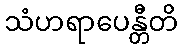
သံဟရာပေန္တီတိ